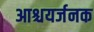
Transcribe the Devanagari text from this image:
आश्चयर्जनक